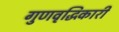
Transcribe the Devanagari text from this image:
गुणवृद्धिकारी